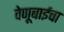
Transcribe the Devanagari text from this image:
वेणूबाईचा